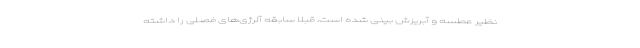
نظیر عطسه و آبریزش بینی شده است، قبلا سابقه آلرژی‌های فصلی را داشته